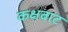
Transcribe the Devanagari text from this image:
कक्षबाट